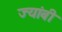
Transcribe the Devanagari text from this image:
ज्यांबी